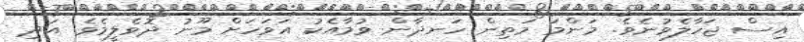
އިސް ޖަހާލެވުނެވެ. މަންމަ މަތިން ހަނދާން ވުމާއެކު އަވަހަށް މޫނު ދޮވެލީމެވެ. އަދި